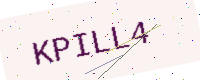
Text: KPILL4